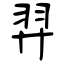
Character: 羿